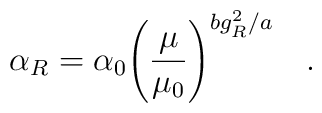
\alpha_R=\alpha_0\Biggr( \frac{\mu}{\mu_0}{\Biggr)}^{bg_R^2/a}\quad .\quad